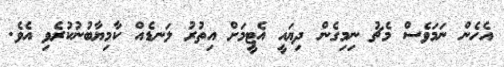
އެހެން ނަމަވެސް މެޗު ނިމިގެން ދިޔައީ އެޓީމަށް އިތުރު ލަނޑެއް ކާމިޔާބުނުކުރެވި އެވެ.